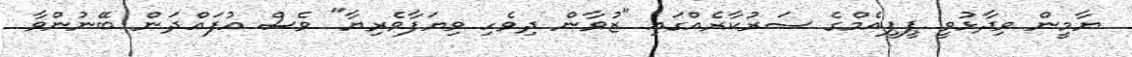
ޔާމީން ވިދާޅުވީ ޕީޕީއެމްގެ ސަރުކާރެއްގައި "ޒުވާން ދިވެހި ވިޔަފާވެރިޔާ" ވެސް އުފައްދަން ބޭނުންވާ